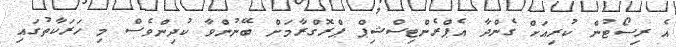
އެ ރިސޯޓުން ކުރިއަށް ގެންދާ އެޕްރެންޓިސްޝިޕް ޕްރޮގްރާމަށް ބޭނުންވާ ކުދިންވެސް މި ހަރަކާތުގައި